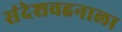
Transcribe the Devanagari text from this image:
संदेशवहनाला